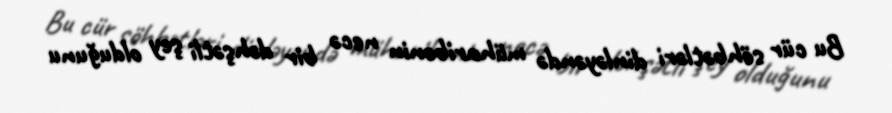
Bu cür söhbətləri dinləyəndə müharibənin necə bir dəhşətli şey olduğunu